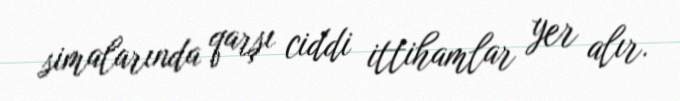
simalarında qarşı ciddi ittihamlar yer alır.